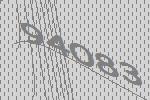
94083